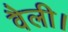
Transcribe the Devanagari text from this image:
वैली।